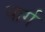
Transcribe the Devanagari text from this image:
यार्ग